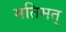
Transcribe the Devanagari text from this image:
मतिमत्‌